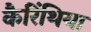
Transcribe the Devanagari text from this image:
कैरिंथिया